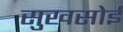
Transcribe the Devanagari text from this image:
सुखसोई